Newspaper: Oxford Democrat. [volume]
Place of publication: Paris, Me.
Publisher: Millett & King
Date: 1880-06-29 00:00:00
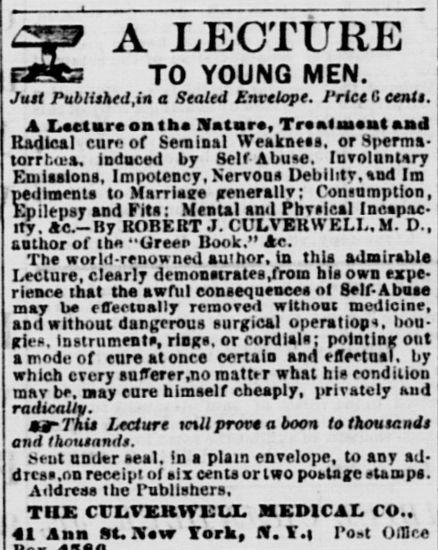
Advertisement text (OCR):
A LECTURE TO YOUNG MEN. Jutt Published,in a Sealed Envelope, /'rice G ce nil. A LatUreonlht Katar*, Treatment and Radical cur·· of Seminal Weakneaa, or Sperma torrhea. induced by Self Abu«e. Involuntary Ktniaalone, Impotency,Nervooa Debility,%ud Im pedinenta to Marrlaee generally; Consumption, Epilepsy and File: Mental and Phvaie.al Incapac ity. Ac—By ROBERT J. CULVBRWELL. M. D., tuUior of ih« "Greer Book." Ac. The worht-renonned au'hor, in thU admirable Lecture, clearly demonatratea.from bia own expe rience that the awful conaequencea <>l Self- A bute mar be effectually reraore<t without medicine, and without dun^cr-oux surgical operatiopt. bou gie». instrument», rings. or cordiala; pointing out a mode of eure at onre oertain and effectuai, by which every aufferer.no raattrr what hie condition tnav be, nay eure himself cheaply, privately Mid radically. **■ This Lecture mil prove a boon to tkoutr.ndi and thmisnndt. x iit under aeal. In a plain envelope, to any ad drcaa.on receipt of aix centaor two pobtage «lampe. Addreaa the Publiahers, THE CrLVSHWEU. MEDICAL CO.. 41 Ann St. .\«w fork( If. T.| Γο-t Ο 111 ce
Label: illustrations